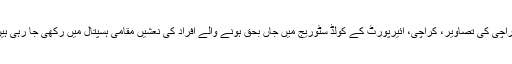
کراچی کی تصاویر، کراچی، ائیرپورٹ کے کولڈ سٹوریج میں جاں بحق ہونے والے افراد کی نعشیں‌ مقامی ہسپتال میں رکھی جا رہی ہیں۔